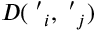
D ( { \bf \chi ^ { \prime } } _ { i } , { \bf \chi ^ { \prime } } _ { j } )